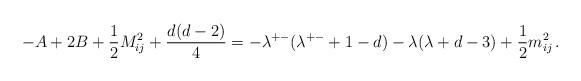
LaTeX: \begin{align*}-A+2B+\frac{1}{2}M_{ij}^2+\frac{d(d-2)}{4}=-\lambda^{+-}(\lambda^{+-}+1-d)-\lambda(\lambda+d-3)+\frac{1}{2}m_{ij}^2\,.\end{align*}